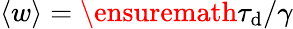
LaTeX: \langle{w}\rangle=\ensuremath{\tau_{\mathrm{d}}}/\gamma